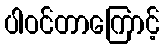
ပါဝင်တာကြောင့်